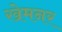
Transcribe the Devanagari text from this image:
खेमनर